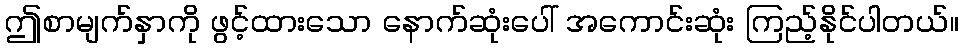
ဤစာမျက်နှာကို ဖွင့်ထားသော နောက်ဆုံးပေါ် အကောင်းဆုံး ကြည့်နိုင်ပါတယ်။